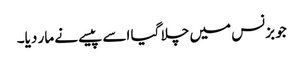
جو بزنس میں چلا گیا اسے پیسے نے مار دیا۔